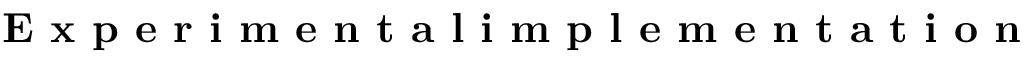
\textbf { E x p e r i m e n t a l i m p l e m e n t a t i o n }